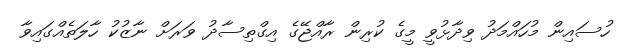
ހުސައިން މުހައްމަދު ވިދާޅުވީ މީގެ ކުރިން ރާއްޖޭގެ އިގްތިސާދު ވަރަށް ނާޒުކު ހާލަތެއްގައިވާ